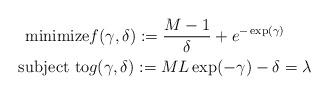
LaTeX: \begin{align*}\textrm{minimize}&f(\gamma,\delta):=\frac{M-1}{\delta}+e^{-\exp(\gamma)}\\\textrm{subject to}&g(\gamma,\delta):=ML\exp(-\gamma)-\delta=\lambda\end{align*}